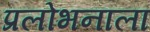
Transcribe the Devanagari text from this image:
प्रलोभनाला